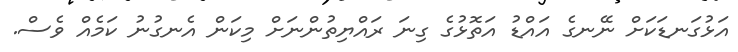
އަޅުގަނޑަކަށް ނޭނގެ އައްޑު އަތޮޅުގެ ގިނަ ރައްޔިތުންނަށް މިކަން އެނގުނު ކަމެއް ވެސް.